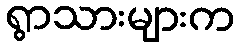
ရွာသားများက